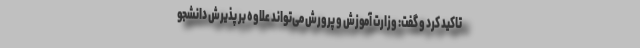
تاکید کرد و گفت: وزارت آموزش و پرورش می‌تواند علاوه بر پذیرش دانشجو